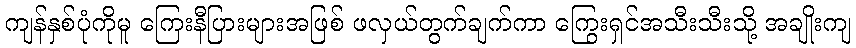
ကျန်နှစ်ပုံကိုမူ ကြေးနီပြားများအဖြစ် ဖလှယ်တွက်ချက်ကာ ကြွေးရှင်အသီးသီးသို့ အချိုးကျ